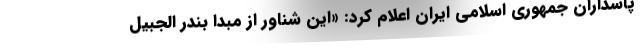
پاسداران جمهوری اسلامی ایران اعلام کرد: «این شناور از مبدا بندر الجبیل